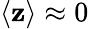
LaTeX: \langle\mathbf{z}\rangle\approx0